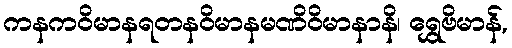
ကနကဝိမာနရတနဝိမာနမဏိဝိမာနာနိ၊ ရွှေဗိမာန်,